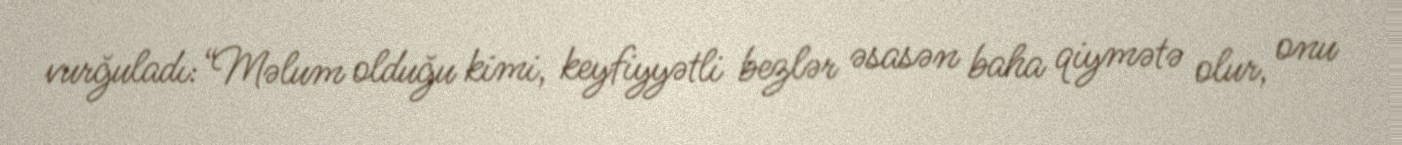
vurğuladı:“Məlum olduğu kimi, keyfiyyətli bezlər əsasən baha qiymətə olur, onu